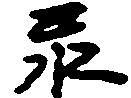
永